Lunatic asylums Punjab 1895-1910 - 1895-1910
Year: 1895
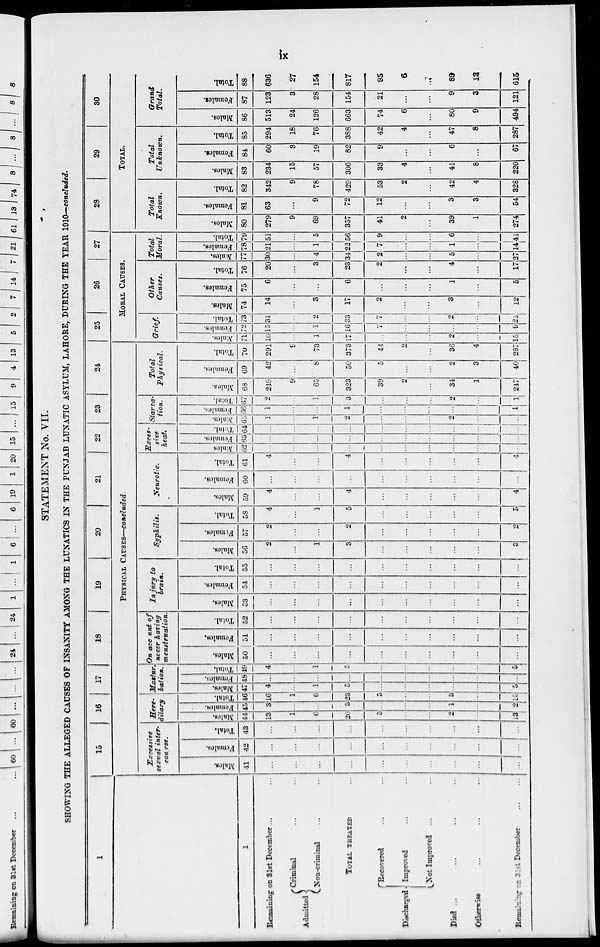
ix
STATEMENT No. VII.
SHOWING THE ALLEGED CAUSES OF INSANITY AMONG THE LUNATICS IN THE PUNJAB LUNATIC ASYLUM, LAHORE, DURING THE YEAR 1910—concluded.
1
1
Remaining on 31st December ... ...
Admitted
Criminal ... ...
Non-criminal ... ...
TOTAL TREATED ...
Discharged
Recovered ... ...
Improved ... ...
Not Improved ... ...
Died ... ... ... ... ...
Otherwise ... ... ... ... ...
Remaming on 31st December
...
...
15
16
17
18
19
20
21
22
23
24
PHYSICAL CAUSES—concluded.
Excessive
sexual inter-
course.
Males.
41
...
...
...
...
...
...
...
...
...
...
Females.
42
...
...
...
...
...
...
...
...
...
...
Total.
43
...
...
...
...
...
...
...
...
...
...
Here-
dilary
Males.
44
13
1
6
20
5
...
...
2
...
13
Females.
45
3
...
...
3
...
...
...
1
...
2
Total.
46
16
1
6
23
5
...
...
3
...
15
Mastur-
bastion.
Males.
47
4
...
1
5
...
...
...
...
...
5
Females.
48
...
...
...
...
...
...
...
...
...
...
Total.
49
4
...
1
5
...
...
...
...
...
5
On account of
never having
menstruation.
Males.
50
...
...
...
...
...
...
...
...
...
...
Females.
51
...
...
...
...
...
...
...
...
...
...
Total.
52
...
...
...
...
...
...
...
...
...
...
Injury to
brain.
Males.
53
...
...
...
...
...
...
...
...
...
...
Females.
54
...
...
...
...
...
...
...
...
...
...
Total.
55
...
...
...
...
...
...
...
...
...
...
Syphilis.
Males.
56
2
...
1
3
...
...
...
...
...
3
Females.
57
2
...
...
2
...
...
...
...
...
2
Total.
58
4
...
1
5
...
...
...
...
...
5
Neurotic.
Males.
59
4
...
...
4
...
...
...
...
...
4
Females.
60
...
...
...
...
...
...
...
...
...
...
Total.
61
4
...
...
4
...
...
...
...
...
4
Exces-
sive
heat.
Males
62
...
...
...
...
...
...
...
...
...
...
Females.
63
...
...
...
...
...
...
...
...
...
...
Total.
64
...
...
...
...
...
...
...
...
...
...
Starva-
tion.
Males.
65
1
...
1
2
...
...
...
2
...
...
Females.
66
1
...
...
1
...
...
...
...
...
1
Total.
67
2
...
1
3
...
...
...
2
...
1
Total
Physical.
Males.
68
249
9
65
323
39
2
...
34
1
247
Females.
69
42
...
8
50
5
...
...
2
3
40
Total.
70
291
9
73
373
44
2
...
36
4
287
25
26
27
MORAL CAUSES.
Grief.
Males.
71
16
...
1
17
...
...
...
2
...
15
Females.
72
15
...
1
16
7
...
...
...
...
9
Total.
73
31
...
2
33
7
...
...
2
...
24
Other
Causes.
Males.
74
14
...
3
17
2
...
...
3
...
12
Females.
75
6
...
...
6
...
...
...
1
...
5
Total.
76
20
...
3
23
2
...
...
4
...
17
Total
Moral.
Males.
77
30
...
4
34
2
...
...
5
...
27
Females.
78
21
...
1
22
7
...
...
1
...
14
Total.
79
51
...
5
56
9
...
...
6
...
41
28
29
30
TOTAL.
Total
Known.
Males.
80
279
9
69
357
41
2
...
39
1
274
Females.
81
63
...
9
72
12
...
...
3
3
54
Total.
82
342
9
78
429
53
2
...
42
4
328
Total
Unknown.
Males.
83
234
15
57
306
33
4
...
41
8
220
Females.
84
60
3
19
82
9
...
...
6
...
67
Total.
85
294
18
76
388
42
4
...
47
8
287
Grand
Total.
Males.
86
513
24
126
663
74
6
...
80
9
494
Females.
87
123
3
28
154
21
...
...
9
3
121
Total.
88
636
27
154
817
95
6
...
89
12
615